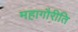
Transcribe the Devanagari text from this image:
महागौरीति